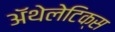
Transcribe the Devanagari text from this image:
ॲथेलेटिक्स